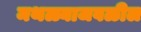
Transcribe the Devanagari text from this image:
मथळ्याजवळील